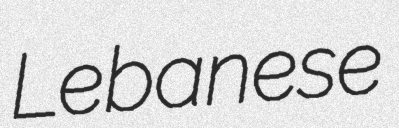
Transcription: Lebanese